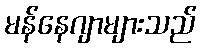
မန်နေဂျာများသည်